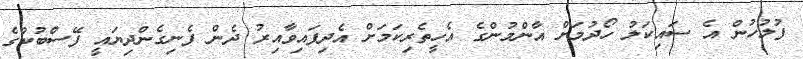
ފުލުހުން އެ ސައިކަލު ހޯދުމަށް އާންމުންގެ އެހީތެރިކަމަށް އެދިފައިވާއިރު ދެން ފެނިގެންދިޔައީ ފޭސްބުކްގެ